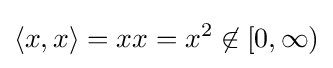
\langle x,x\rangle =xx=x^{2}\not \in [0,\infty )